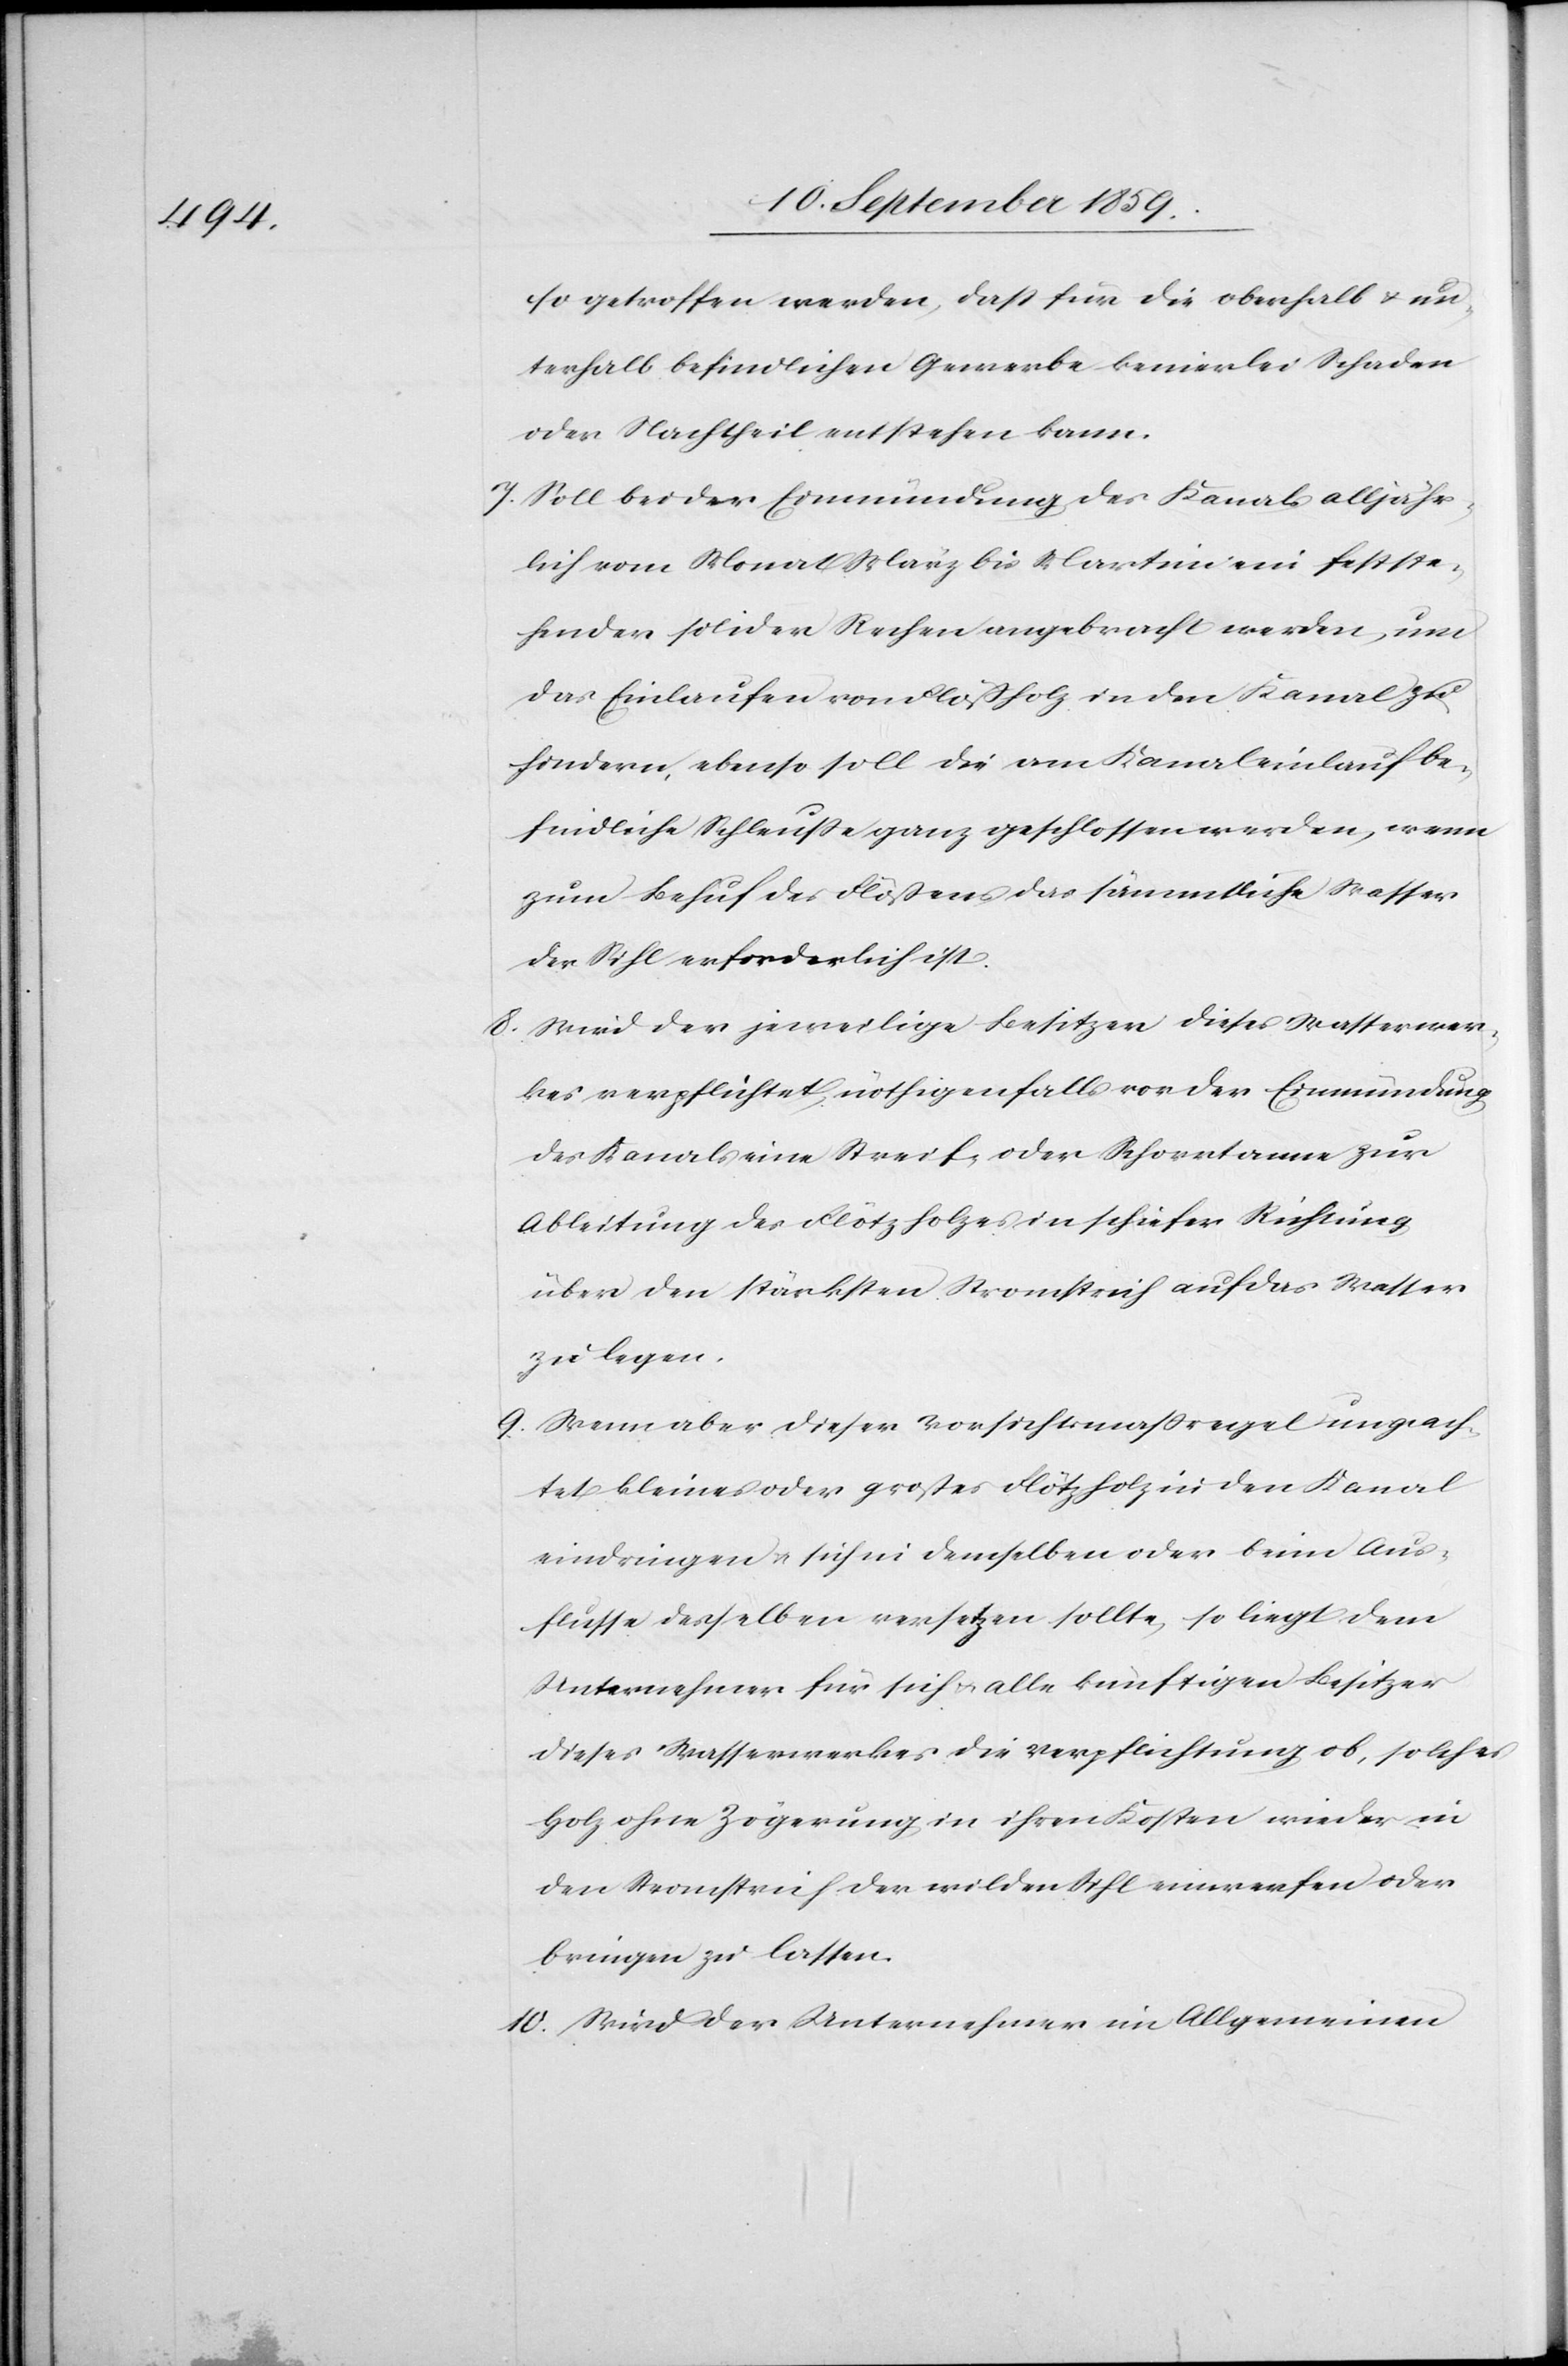
so getroffen werden, daß für die oberhalb & un¬
terhalb befindlichen Gewerbe keinerlei Schaden
oder Nachtheil entstehen kann.
7. Soll bei der Einmündung des Kanals alljähr¬
lich vom Monat März bis Martini ein festste¬
hender solider Rechen angebracht werden, um
das Einlaufen von Flößholz in den Kanal zu
hindern, ebenso soll die am Kanaleinlauf be¬
findliche Schleuße ganz geschlossen werden, wenn
zum Behuf des Flößens das sämmtliche Wasser
der Sihl erforderlich ist.
8. Wird der jeweilige Besitzer dieses Wasserwer¬
kes verpflichtet, nöthigenfalls vor der Einmündung
des Kanals eine Streif- oder Schorrtanne
Ableitung des Flötzholzes in schiefer Richtung
über den stärksten Stromstrich auf das Wasser
zu legen.
9. Wenn aber dieser Vorsichtsmaßregel ungeach¬
tet kleines oder großes Flötzholz in den Kanal
eindringen & sich in demselben oder beim Aus¬
flusse desselben versetzen sollte, so liegt dem
Unternehmer für sich & alle künftigen Besitzer
dieses Wasserwerkes die Verpflichtung ob, solches
Holz ohne Zögerung in ihren Kosten wieder in
den Stromstrich der wilden Sihl einwerfen oder
bringen zu lassen.
10. Wird der Unternehmer im Allgemeinen